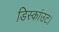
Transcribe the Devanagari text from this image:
डिस्कांउट।